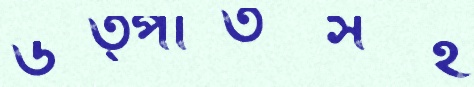
উত্পাতসহ